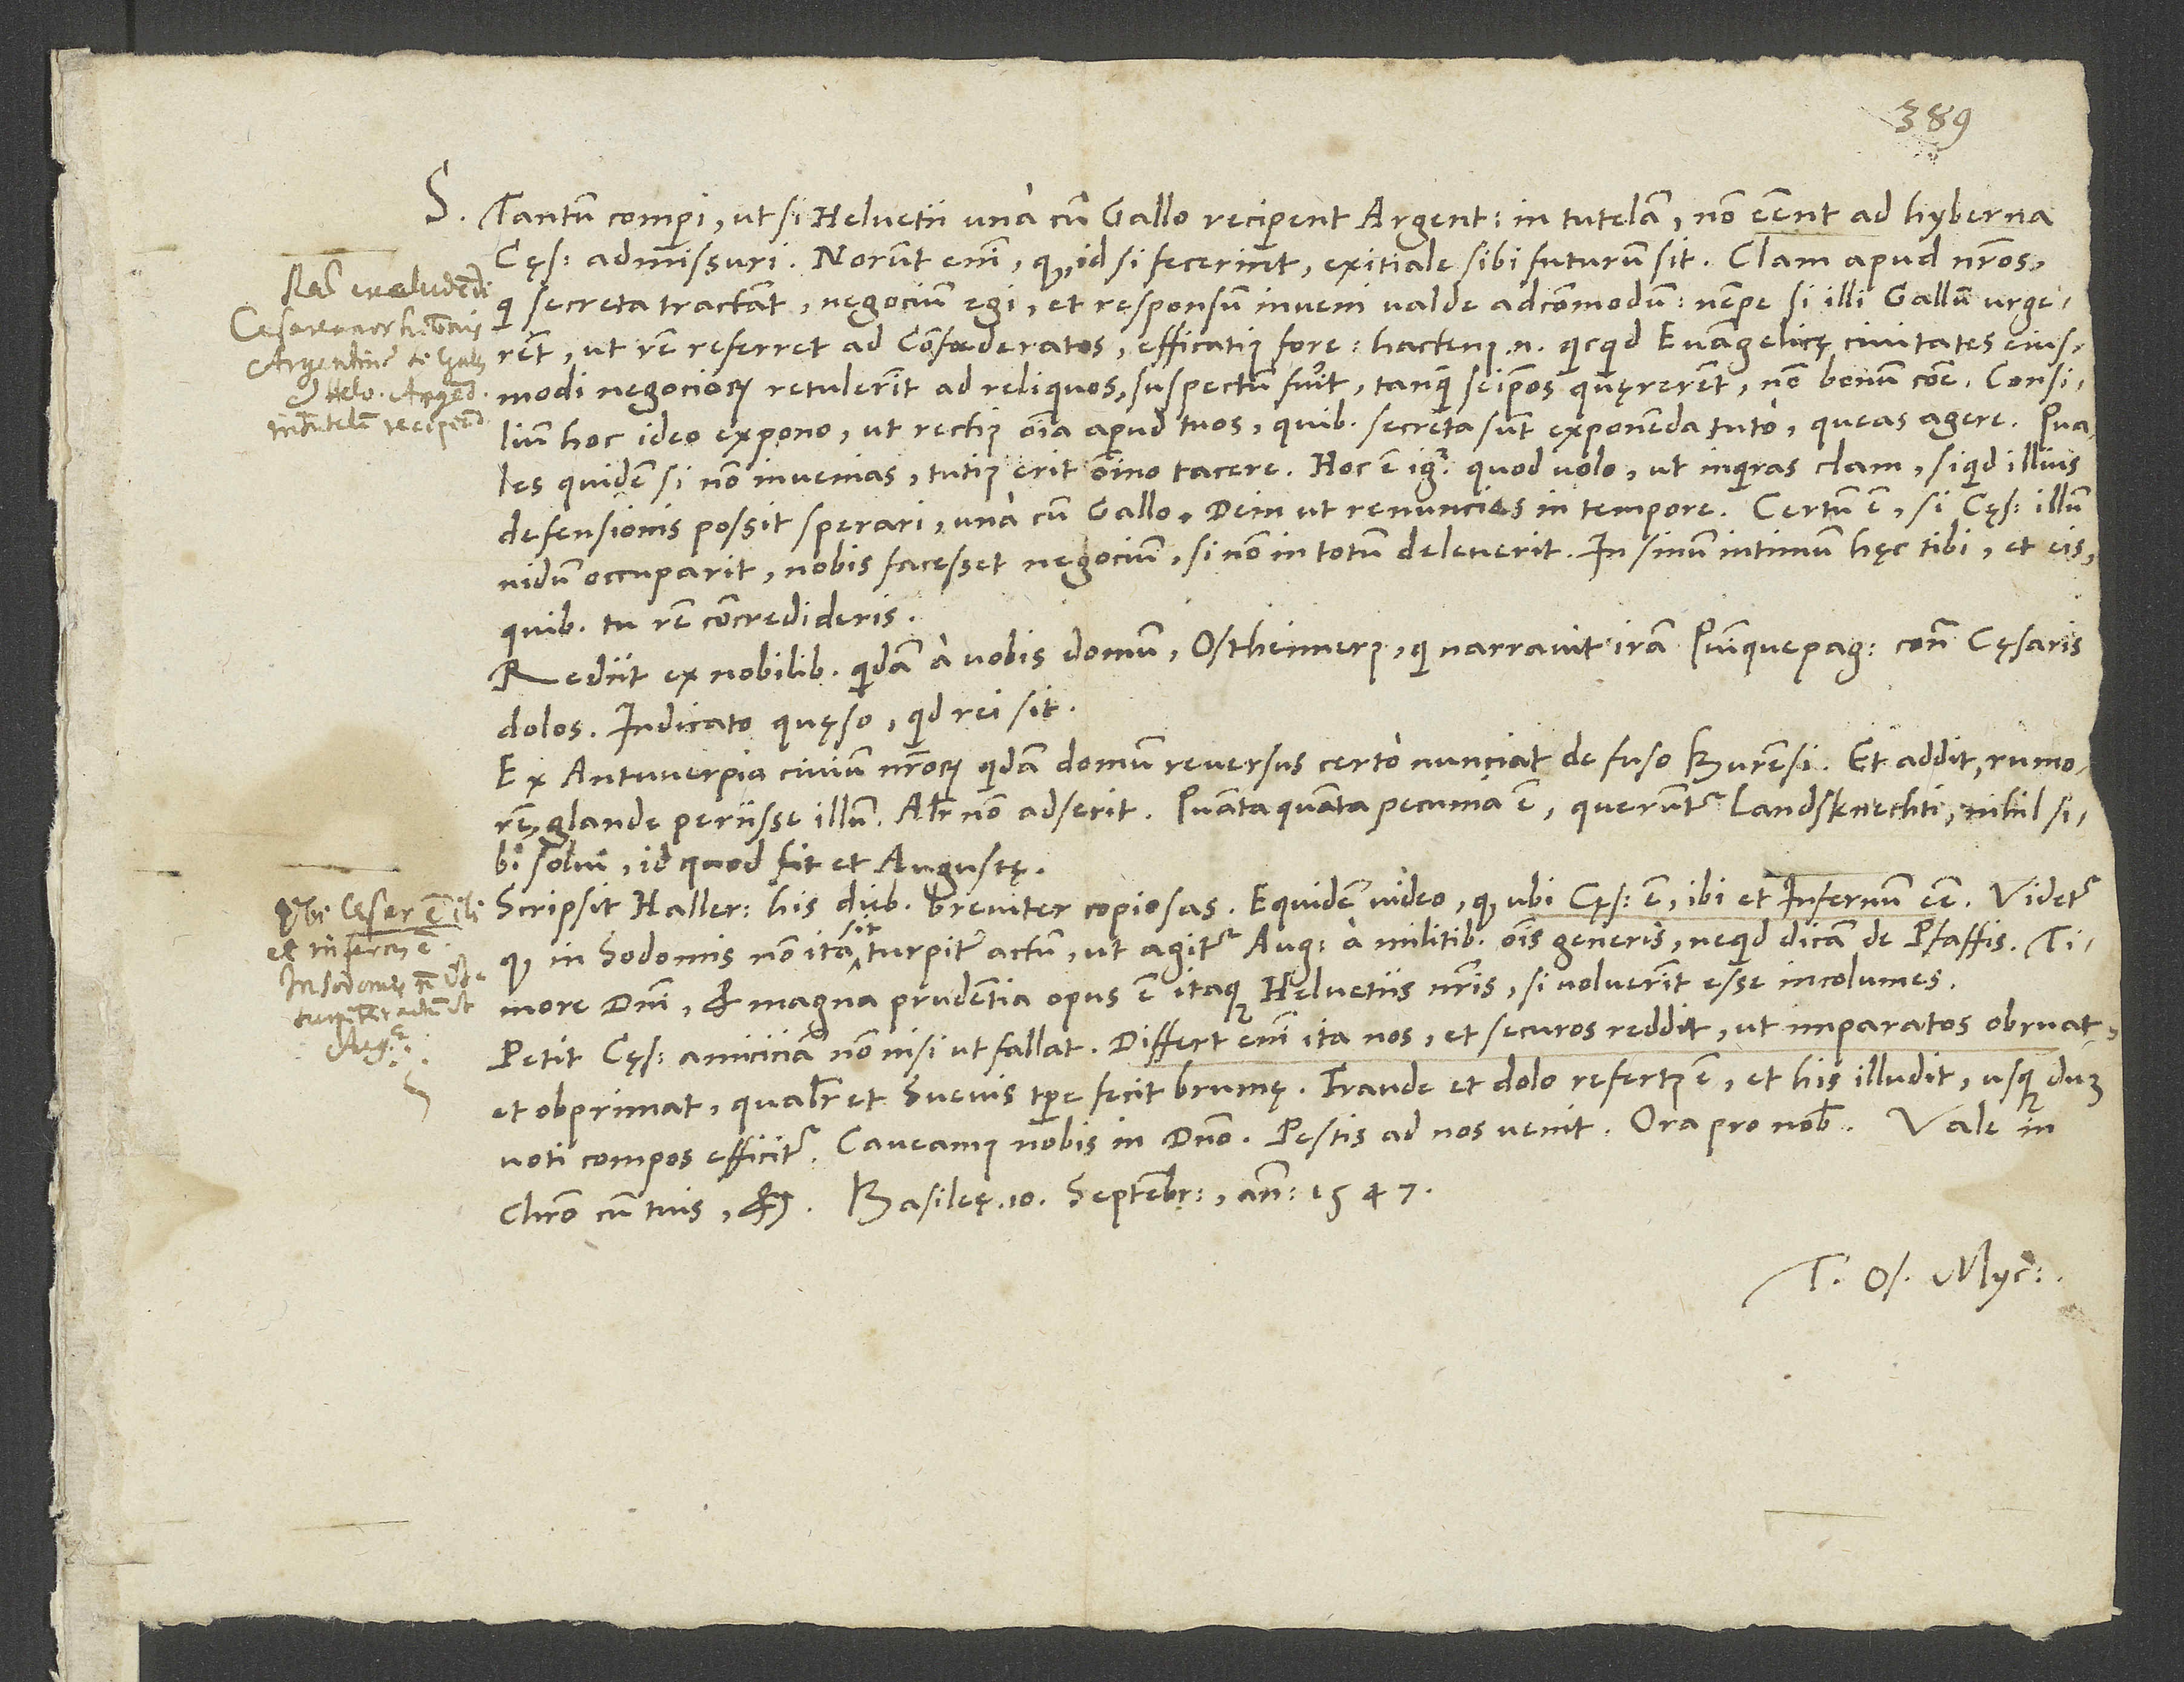
S. Tantum comperi, ut, si Helvetii una cum Gallo reciperent Argentinenses in tutelam, non essent ad hyberna
cęsarem admissuri. Norunt enim, quod, id si fecerint, exitiale sibi futurum sit. Clam apud nostros,
qui secreta tractant, negocium egi et responsum inveni valde adcommodum, nempe si illi Gallum urgerent,
ut rem referret ad Confoederatos, efficatius fore. Hactenus enim, quicquid evangelicę civitates eiusmodi
negociorum retulerint ad reliquos, suspectum fuerit, tanquam seipsos quęrerent, non bonum commune. Consilium
D.
hoc ideo expono, ut rectius omnia apud tuos, quibus secreta sunt exponenda tuto, queas agere. Quales
quidem si non invenias, tutius erit omnino tacere. Hoc est igitur, quod volo, ut inquiras clam, si quid illius
defensionis possit sperari una cum Gallo, deinde ut renuncies in tempore. Certum est, si cęsar illum
nidum occuparit, nobis facesset negocium, si non in totum deleverit. In sinum intimum hęc tibi et eis,
quibus tu rem concredideris.
Rediit ex nobilibus quidam a vobis domum, Ostheimerus, qui narravit iram Quinquepagicorum contra cęsaris
dolos. Indicato, quęso, quid rei sit.
Ex Antwerpia civium nostrorum quidam domum reversus certo nunciat de fuso Burensi, et addit rumorem
solvi; id quod fit et Augustę.
Scripsit Hallerus his diebus breviter copiosas. Equidem video, quod ubi cęsar est, ibi et infernum esse. Videtur,
quod in Sodomis non ita sit turpiter actum, ut agitur Augustae a militibus omnis generis, ne quid dicam de pfaffis.
Timore domini et magna prudentia opus est itaque Helvetiis nostris, si voluerint esse incolumes.
Petit cęsar amiciciam, nonnisi ut fallat. Differt enim ita nos et securos reddit, ut imparatos obruat
et obprimat, qualiter et Suevis tempore fecit brumę. Fraude et dolo refertus est, et his illudit, usque dum
Christo cum tuis, etc. Basileę, 10. septembris anno 1547.
Tuus Os. Myc.